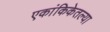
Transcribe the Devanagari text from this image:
एकांकिकेतल्या